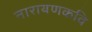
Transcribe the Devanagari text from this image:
नारायणकवि